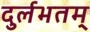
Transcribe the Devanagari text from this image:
दुर्लभतम्